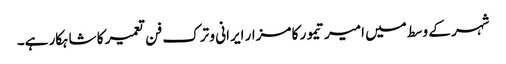
شہر کے وسط میں امیر تیمور کا مزار ایرانی و ترک فن تعمیر کا شاہکار ہے۔